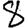
Digit: 8